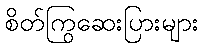
စိတ်ကြွဆေးပြားများ